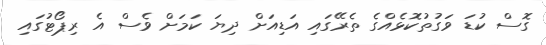
ގޮސް ކުޑަ ވަގުތުކޮޅެއްގެ ތެރޭގައި އަޑިއަށް ދިޔަ ކަމަށް ވެސް އެ ރިޕޯޓުގައި